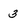
Character: 3